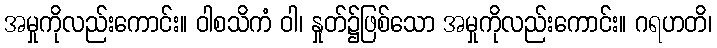
အမှုကိုလည်းကောင်း။ ဝါစသိကံ ဝါ၊ နှုတ်၌ဖြစ်သော အမှုကိုလည်းကောင်း။ ဂရဟတိ၊